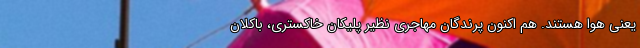
یعنی هوا هستند. هم اکنون پرندگان مهاجری نظیر پلیکان خاکستری، باکلان